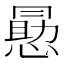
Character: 𭞕